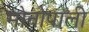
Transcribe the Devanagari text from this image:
मोनोपाली